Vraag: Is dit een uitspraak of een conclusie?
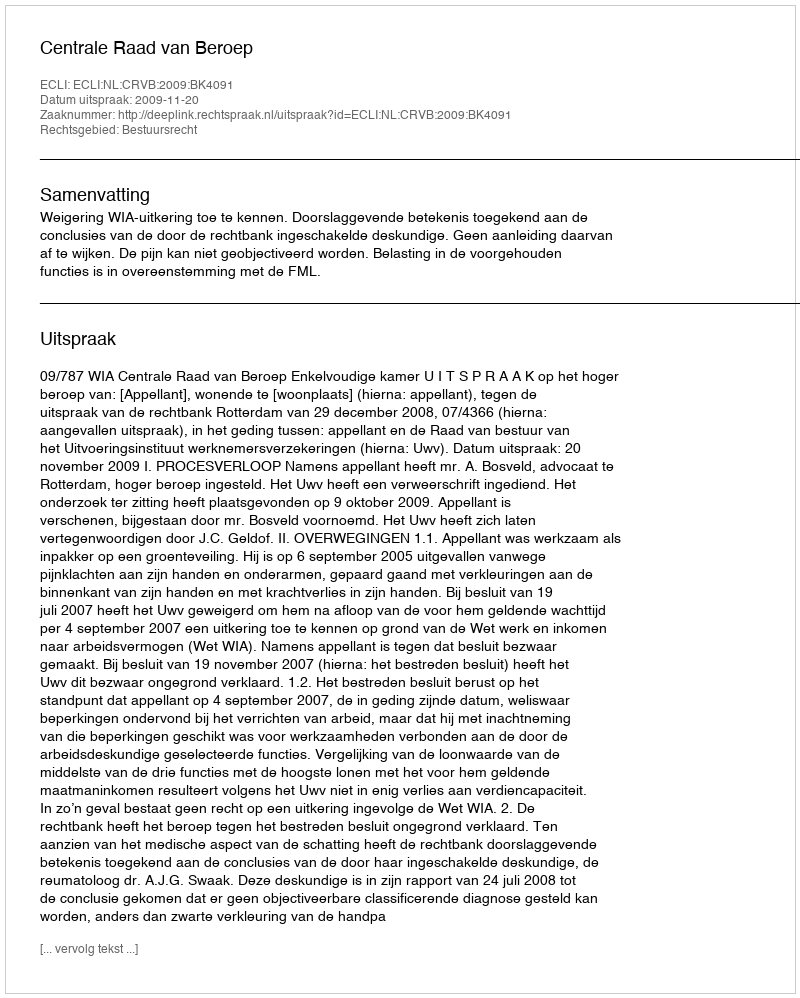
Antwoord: Uitspraak